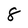
Character: 8